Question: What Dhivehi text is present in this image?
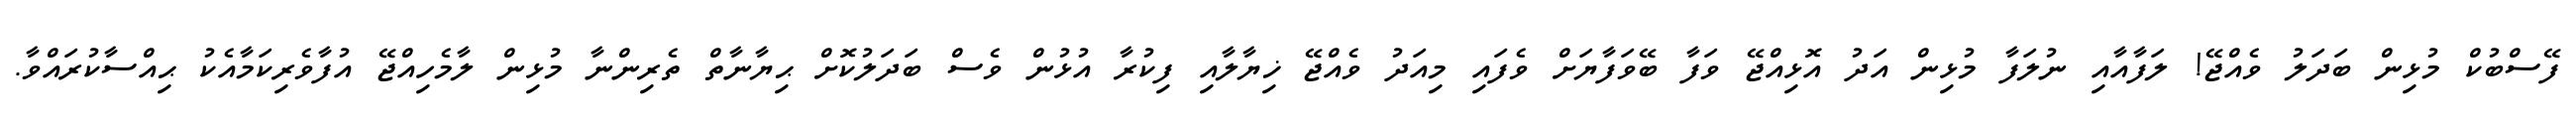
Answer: ފޭސްބުކް މުޅިން ބަދަލު ވެއްޖޭ! ލަފާއާއި ނުލަފާ މުޅިން އަދު އޮޅިއްޖޭ ވަފާ ބޭވަފާޔަށް ވެފައި މިއަދު ވެއްޖޭ ޚިޔާލާއި ފިކުރާ އުޅުން ވެސް ބަދަލުކޮށް ޙިޔާނާތް ތެރިންނާ މުޅިން ލާމެހިއްޖޭ އުފާވެރިކަމާއެކު ޙިއްސާކުރައްވާ.